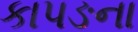
કાપઙના